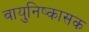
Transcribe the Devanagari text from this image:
वायुनिष्कासक